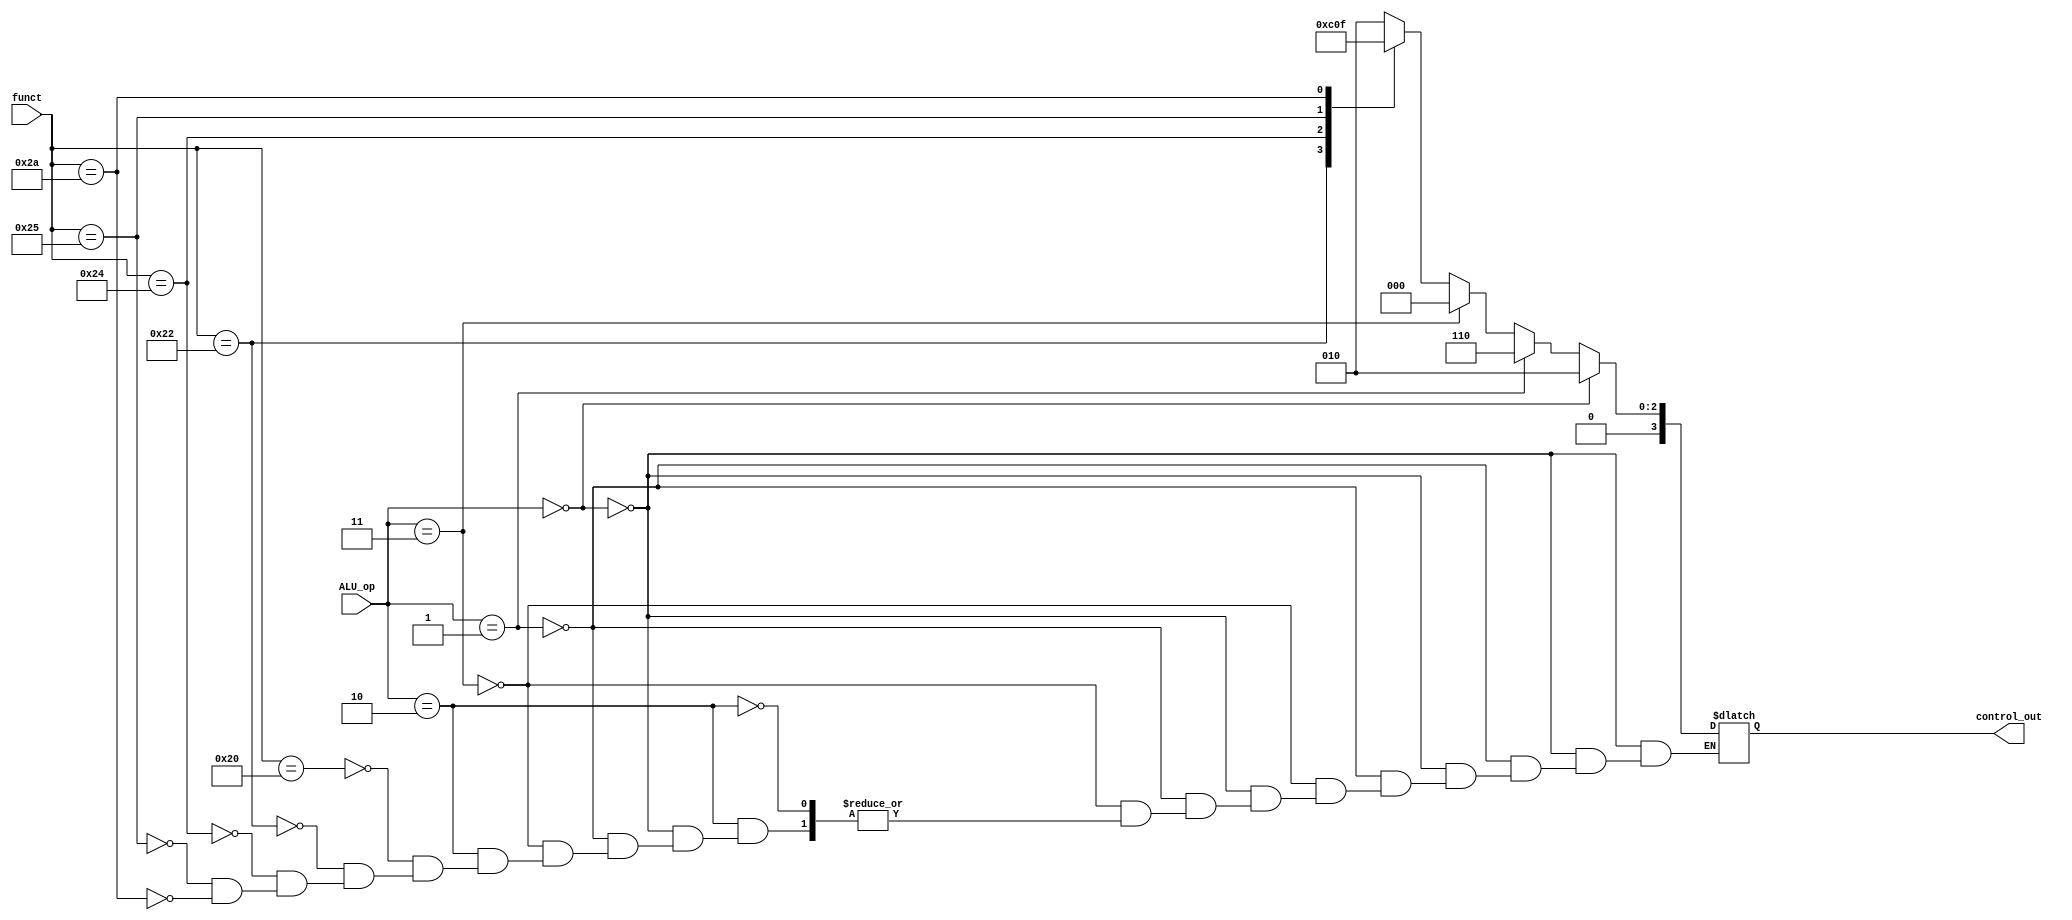

`ifndef MODULE_ALUCONTROL
`define MODULE_ALUCONTROL

`timescale 1ns / 1ps
//////////////////////////////////////////////////////////////////////////////////
// Company: 
// Engineer: 
// 
// Design Name: 
// Module Name: ALU_control
// Project Name: 
// Target Devices: 
// Tool Versions: 
// Description: 
// 
// Dependencies: 
// 
// Revision:
// Revision 0.01 - File Created
// Additional Comments:
// 
//////////////////////////////////////////////////////////////////////////////////


module ALU_control(ALU_op, funct, control_out);
    input [1:0] ALU_op;
    input [5:0] funct;
    output [3:0] control_out;
    reg [3:0] control_out;

    always @ (funct, ALU_op)
    begin
        if (ALU_op == 2'b00) control_out = 4'b0010;
        else if (ALU_op == 2'b01) control_out = 4'b0110;
        else if (ALU_op == 2'b11) control_out = 4'b0000;
        else if (ALU_op == 2'b10) 
        begin
            case (funct)
                6'b100000:
                    control_out = 4'b0010; //add
                6'b100010:
                    control_out = 4'b0110; //sub
                6'b100100:
                    control_out = 4'b0000; //and
                6'b100101:
                    control_out = 4'b0001; //or
                6'b101010:
                    control_out = 4'b0111; //set_less_than
                default: ;
            endcase;
        end
    end

endmodule

`endif